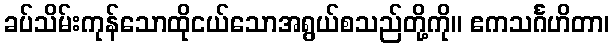
ခပ်သိမ်းကုန်သောထိုငယ်သောအရွယ်စသည်တို့ကို။ ဧကသင်္ဂဟိတာ၊